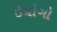
ઉધોગો